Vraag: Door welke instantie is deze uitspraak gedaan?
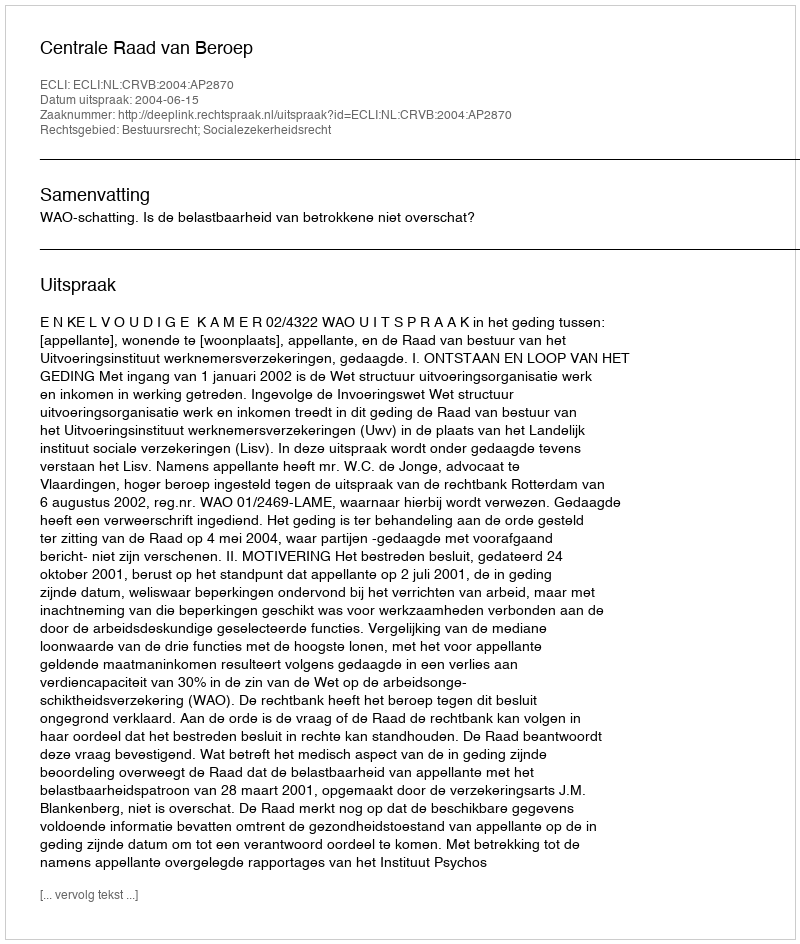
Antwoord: Centrale Raad van Beroep